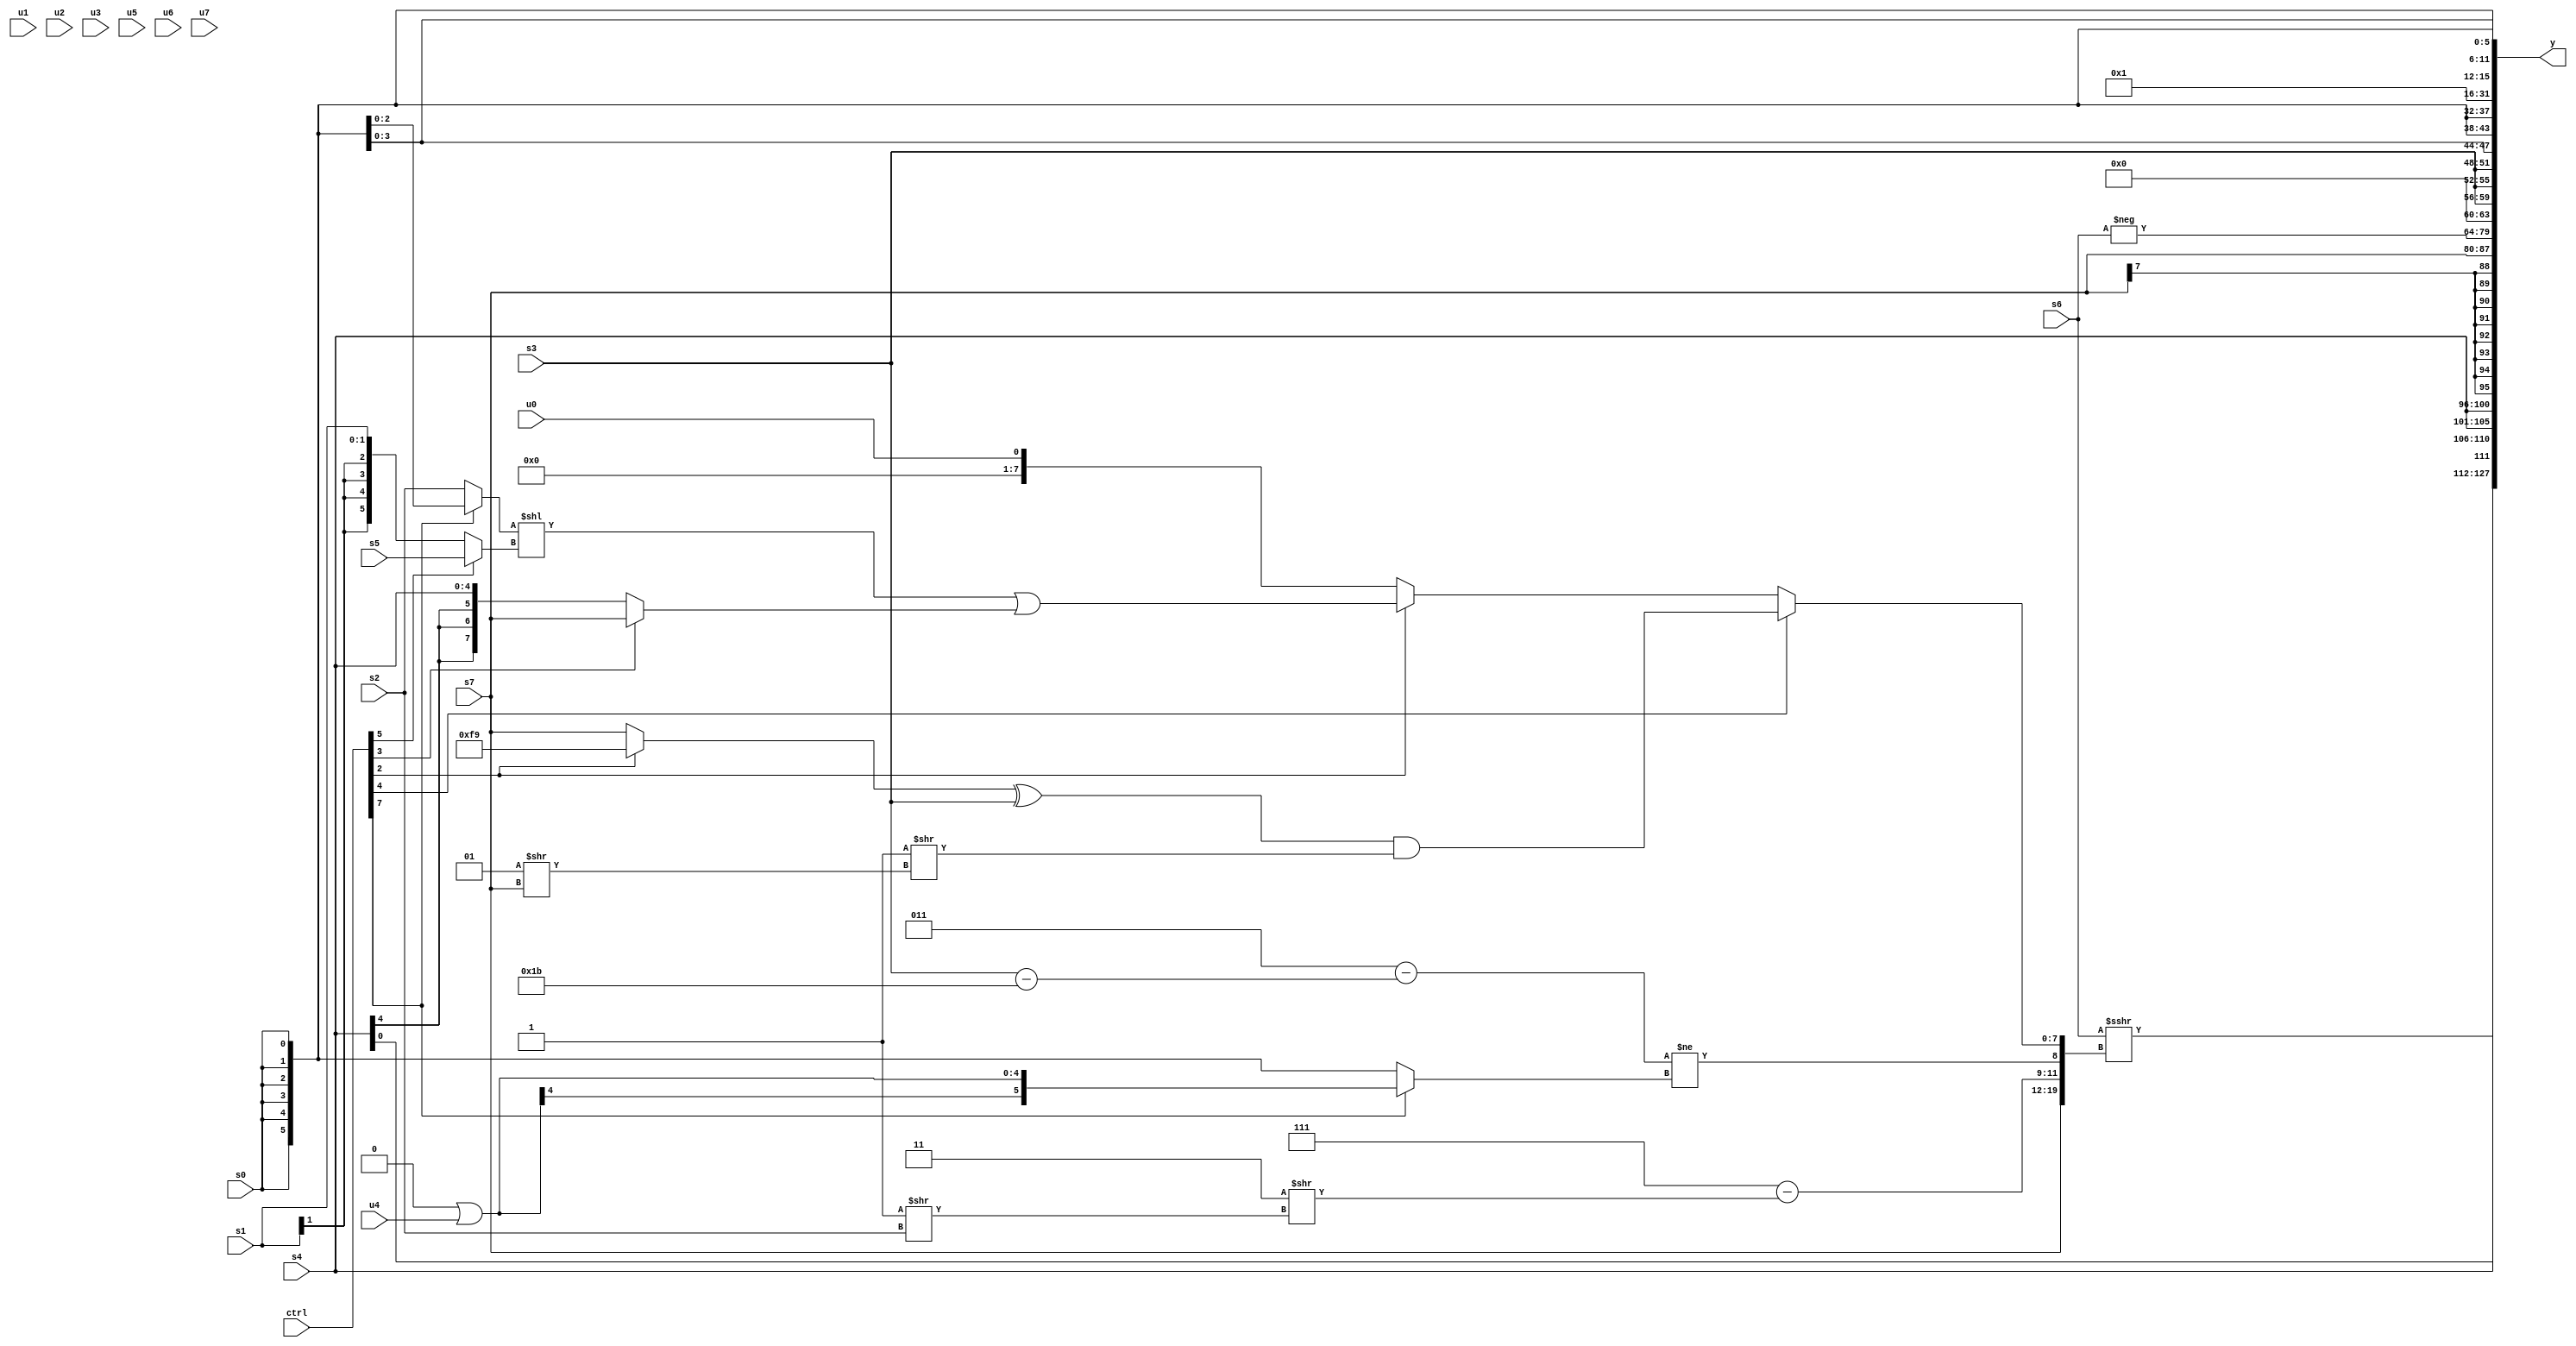
module wideexpr_00335(ctrl, u0, u1, u2, u3, u4, u5, u6, u7, s0, s1, s2, s3, s4, s5, s6, s7, y);
  input [7:0] ctrl;
  input [0:0] u0;
  input [1:0] u1;
  input [2:0] u2;
  input [3:0] u3;
  input [4:0] u4;
  input [5:0] u5;
  input [6:0] u6;
  input [7:0] u7;
  input signed [0:0] s0;
  input signed [1:0] s1;
  input signed [2:0] s2;
  input signed [3:0] s3;
  input signed [4:0] s4;
  input signed [5:0] s5;
  input signed [6:0] s6;
  input signed [7:0] s7;
  output [127:0] y;
  wire [15:0] y0;
  wire [15:0] y1;
  wire [15:0] y2;
  wire [15:0] y3;
  wire [15:0] y4;
  wire [15:0] y5;
  wire [15:0] y6;
  wire [15:0] y7;
  assign y = {y0,y1,y2,y3,y4,y5,y6,y7};
  assign y0 = (s6)>>>({1{{s7,(-(1'sb1))-((-(3'b101))>>(+(-((1'sb1)>>(s2))))),$unsigned(($signed((3'sb011)-((s3)-(6'sb011011))))!=((ctrl[7]?($signed(4'b0000))|($signed(u4)):s0))),(ctrl[4]?(((ctrl[2]?5'sb11001:s7))^(s3))&((2'sb11)>>((3'sb001)>>(s7))):(ctrl[2]?(((ctrl[7]?s0:s2))<<((ctrl[5]?s5:s1)))|((ctrl[3]?$signed(s7):s4)):$signed((ctrl[4]?(ctrl[5]?2'sb00:3'b101):u0))))}}});
  assign y1 = {4{s4}};
  assign y2 = s7;
  assign y3 = -(s6);
  assign y4 = {3{s3}};
  assign y5 = s0;
  assign y6 = ~&({4{1'sb0}});
  assign y7 = $signed(s0);
endmodule